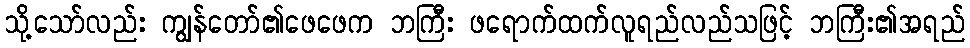
သို့သော်လည်း ကျွန်တော်၏ဖေဖေက ဘကြီး ဖရောက်ထက်လူရည်လည်သဖြင့် ဘကြီး၏အရည်